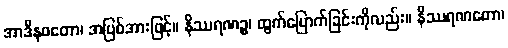
အာဒီနဝတော၊ အပြစ်အားဖြင့်။ နိဿရဏဉ္စ၊ ထွက်မြောက်ခြင်းကိုလည်း။ နိဿရဏတော၊